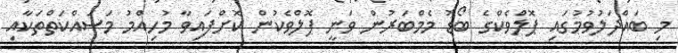
މި ބައްދަލުވުމުގައި ޕޮލްވެކްގެ ބޯޑު މެމްބަރުން ވަނީ ޕޮލްވެކުން ކޮށްފައިވާ މުހިއްމު މަސައްކަތްތަކާއި